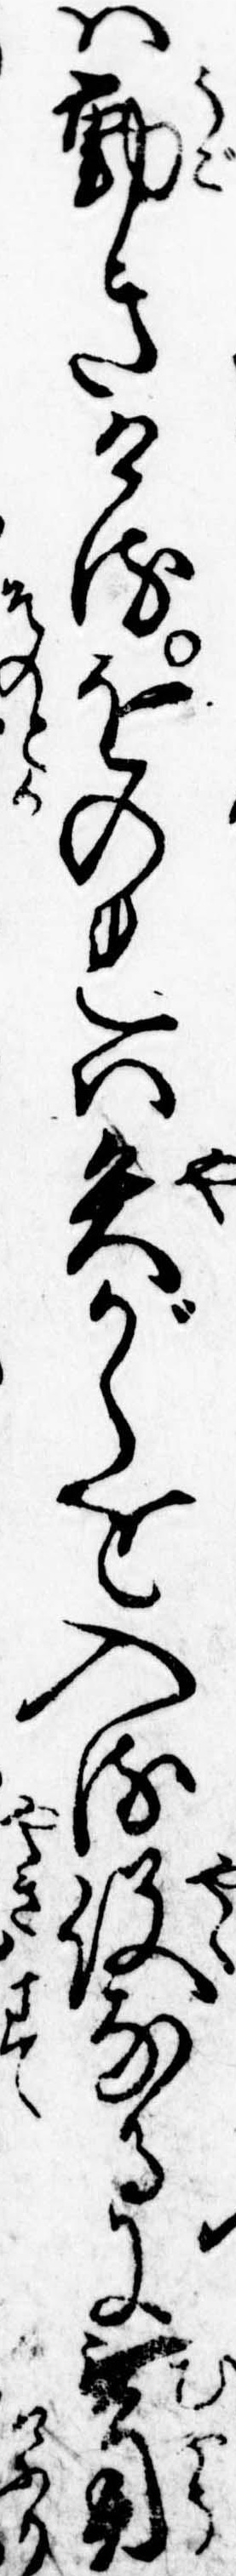
は動きけるをのれは矢がらを入る役なるに無用